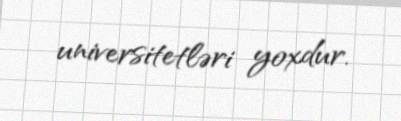
universitetləri yoxdur.